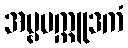
အမ္ဗပက္ကူဒကံ